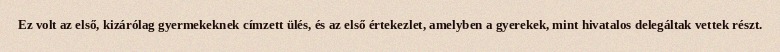
Ez volt az első, kizárólag gyermekeknek címzett ülés, és az első értekezlet, amelyben a gyerekek, mint hivatalos delegáltak vettek részt.